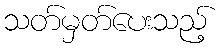
သတ်မှတ်ပေးသည့်